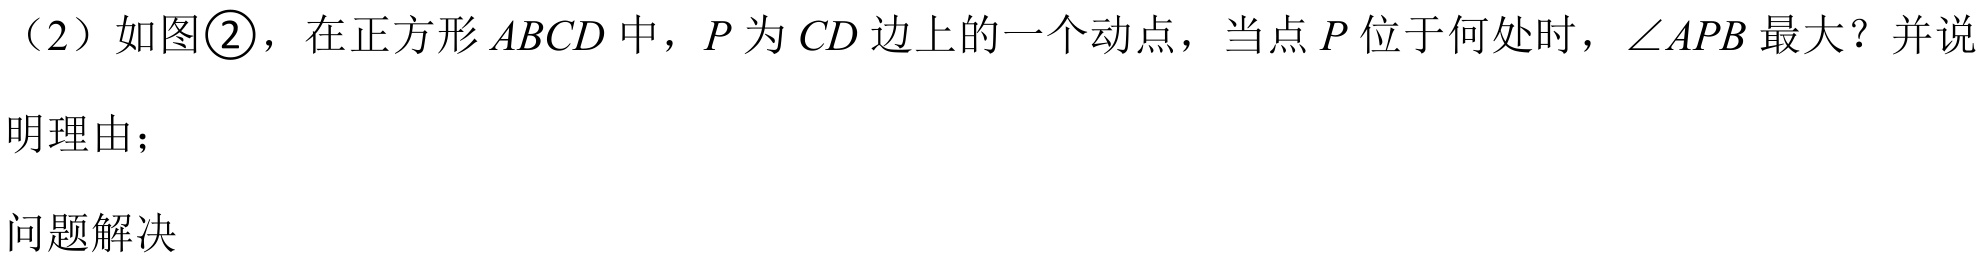
（2）如图\textcircled{2}，在正方形\(ABCD\)中，\(P\)为\(CD\)边上的一个动点，当点\(P\)位于何处时，\(\angle APB\)最大？并说明理由；

问题解决